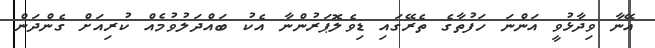
އޭނާ ވިދާޅުވީ އަންނަ ހަފުތާގެ ތެރޭގައި ޑިވެލޮޕަރުންނާ އެކު ބައްދަލުވުމެއް ކުރިއަށް ގެންދަން